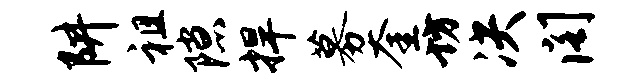
阱祖隙捍募奎坊决阁